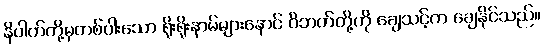
နိပါတ်တို့မှတစ်ပါးသော ရိုးရိုးနာမ်များနောင် ဝိဘတ်တို့ကို ချေသင့်က ချေနိုင်သည်။